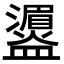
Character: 𪾛